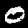
Label: 0